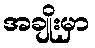
အချိုးမှာ